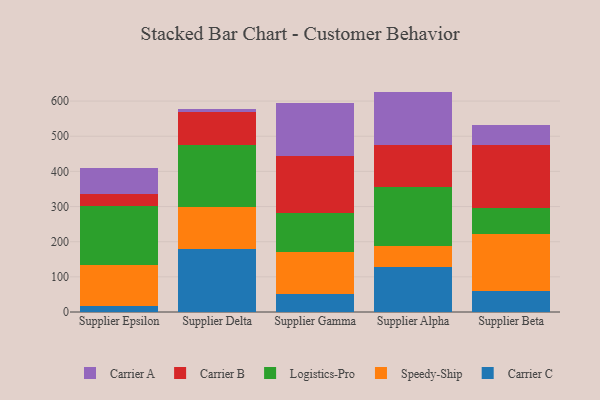
{"axis": {"x": "Supplier", "y": "Churn Rate (%)"}, "legend": ["Carrier A", "Carrier B", "Carrier C", "Logistics-Pro", "Speedy-Ship"], "data": [{"x": "Supplier Epsilon", "y": 18.5, "type": "Carrier C"}, {"x": "Supplier Epsilon", "y": 116.5, "type": "Speedy-Ship"}, {"x": "Supplier Epsilon", "y": 166.2, "type": "Logistics-Pro"}, {"x": "Supplier Epsilon", "y": 33.5, "type": "Carrier B"}, {"x": "Supplier Epsilon", "y": 75.0, "type": "Carrier A"}, {"x": "Supplier Delta", "y": 178.1, "type": "Carrier C"}, {"x": "Supplier Delta", "y": 121.5, "type": "Speedy-Ship"}, {"x": "Supplier Delta", "y": 174.6, "type": "Logistics-Pro"}, {"x": "Supplier Delta", "y": 94.9, "type": "Carrier B"}, {"x": "Supplier Delta", "y": 8.3, "type": "Carrier A"}, {"x": "Supplier Gamma", "y": 51.6, "type": "Carrier C"}, {"x": "Supplier Gamma", "y": 120.0, "type": "Speedy-Ship"}, {"x": "Supplier Gamma", "y": 110.8, "type": "Logistics-Pro"}, {"x": "Supplier Gamma", "y": 160.6, "type": "Carrier B"}, {"x": "Supplier Gamma", "y": 152.6, "type": "Carrier A"}, {"x": "Supplier Alpha", "y": 127.9, "type": "Carrier C"}, {"x": "Supplier Alpha", "y": 60.0, "type": "Speedy-Ship"}, {"x": "Supplier Alpha", "y": 168.3, "type": "Logistics-Pro"}, {"x": "Supplier Alpha", "y": 117.5, "type": "Carrier B"}, {"x": "Supplier Alpha", "y": 153.3, "type": "Carrier A"}, {"x": "Supplier Beta", "y": 59.9, "type": "Carrier C"}, {"x": "Supplier Beta", "y": 161.6, "type": "Speedy-Ship"}, {"x": "Supplier Beta", "y": 74.0, "type": "Logistics-Pro"}, {"x": "Supplier Beta", "y": 179.8, "type": "Carrier B"}, {"x": "Supplier Beta", "y": 57.0, "type": "Carrier A"}]}